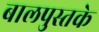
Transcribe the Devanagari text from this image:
बालपुस्तके